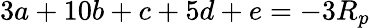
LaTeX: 3a+10b+c+5d+e=-3R_{p}